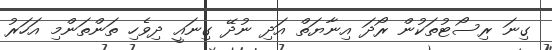
ގިނަ ރިސޯޓުތަކުން ރޯދަ އިނާޔަތް އަދި ނުދޭ ގިނައީ ދިވެހި ތަންތަންމި އަހަރު